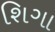
શિગા